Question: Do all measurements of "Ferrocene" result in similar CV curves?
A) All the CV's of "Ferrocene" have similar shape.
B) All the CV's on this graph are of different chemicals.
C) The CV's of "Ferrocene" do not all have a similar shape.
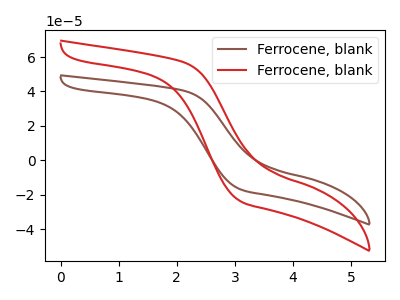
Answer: <think>The brown curve "Ferrocene, blank1" has no peaks. The red curve "Ferrocene, blank2" has no peaks.
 Neither "Ferrocene, blank1" or "Ferrocene, blank2" have any peaks.</think>
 <answer>A) All the CV's of "Ferrocene" have similar shape.</answer>
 <eval>A</eval>